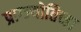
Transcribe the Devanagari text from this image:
प्राग्ज्योतिच्हा